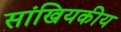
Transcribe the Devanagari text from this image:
सांखियकीय